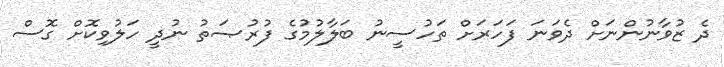
ދެ ޒުވާނުންނަށް ދެވަނަ ފަހަރަށް ތަހުސީނު ބަލާލުމުގެ ފުރުޞަތު ނުދީ ހަލުވިކޮށް ގޮސް